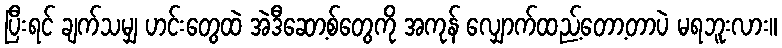
ပြီးရင် ချက်သမျှ ဟင်းတွေထဲ အဲဒီဆော့စ်တွေကို အကုန် လျှောက်ထည့်တော့တာပဲ မရဘူးလား။